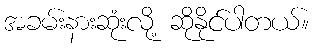
အခမ်းနားဆုံးလို့ ဆိုနိုင်ပါတယ်။